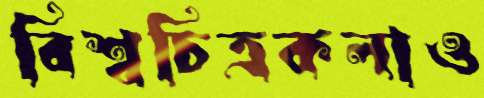
বিশ্বচিত্রকলাও